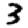
Digit: 3